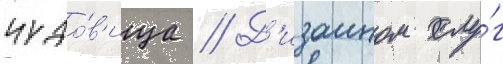
чудо́в'ища // Д'изаином слу́г